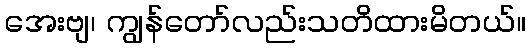
အေးဗျ၊ ကျွန်တော်လည်းသတိထားမိတယ်။